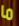
ما